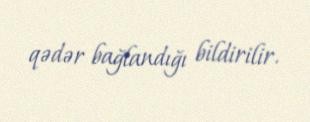
qədər bağlandığı bildirilir.